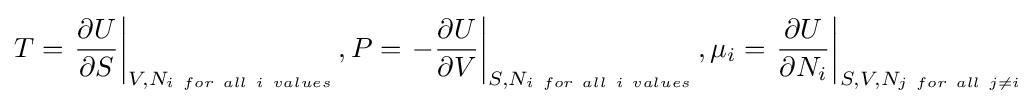
T=\left.{\frac {\partial U}{\partial S}}\right\vert _{V,N_{i\ for\ all\ i\ values}},P=\left.-{\frac {\partial U}{\partial V}}\right\vert _{S,N_{i\ for\ all\ i\ values}},\mu _{i}=\left.{\frac {\partial U}{\partial N_{i}}}\right\vert _{S,V,N_{j\ for\ all\ j\neq i}}